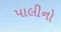
પાલીનો